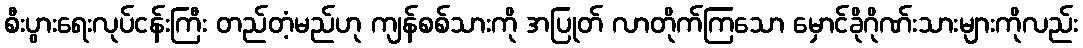
စီးပွားရေးလုပ်ငန်းကြီး တည်တံ့မည်ဟု ကျန်စစ်သားကို အပြုတ် လာတိုက်ကြသော မှောင်ခိုဂိုဏ်းသားများကိုလည်း